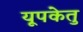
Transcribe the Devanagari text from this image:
यूपकेतु